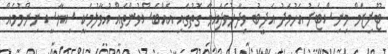
ޓޫރިޒަމް މިނިސްޓަރު އަހުމަދު އަދީބު ވިދާޅުވެފައިވާ ގޮތުގައި އެއްބަސްވުންތައް އުވާލުމަކީ ސިޔާސީ ނިންމުމެއް